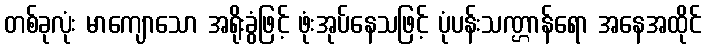
တစ်ခုလုံး မာကျောသော အရိုးခွံဖြင့် ဖုံးအုပ်နေသဖြင့် ပုံပန်းသဏ္ဌာန်ရော အနေအထိုင်